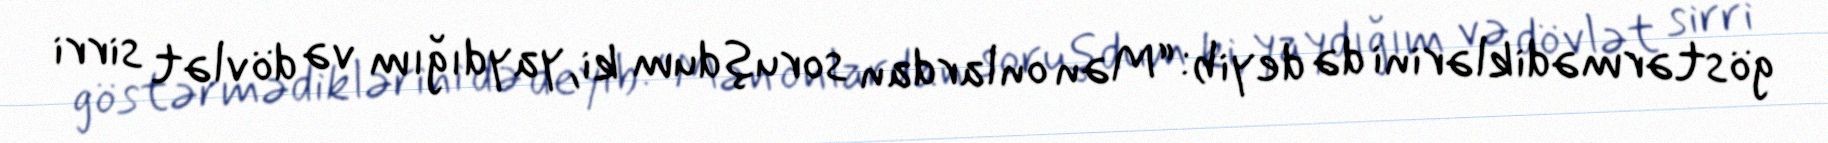
göstərmədiklərini də deyib: “Mən onlardan soruşdum ki, yaydığım və dövlət sirri